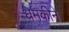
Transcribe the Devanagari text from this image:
धमकीने